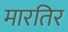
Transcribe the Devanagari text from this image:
मारतिर